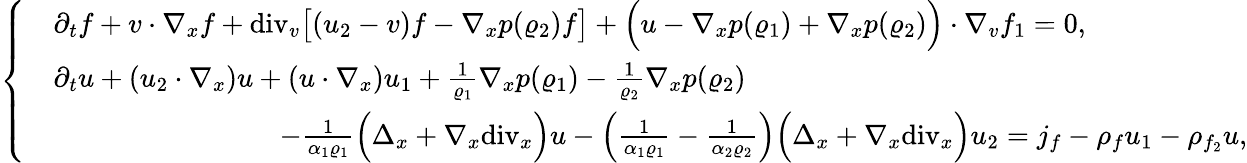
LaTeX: \left\{ \begin{array}{rl}&{\partial_{t}f+v\cdot\nabla_{x}f+\mathrm{div}_{v}\big[(u_{2}-v)f-\nabla_{x}p(\varrho_{2})f\big]+\Big(u-\nabla_{x}p(\varrho_{1})+\nabla_{x}p(\varrho_{2})\Big)\cdot\nabla_{v}f_{1}=0,}\\ &{\partial_{t}u+(u_{2}\cdot\nabla_{x})u+(u\cdot\nabla_{x})u_{1}+\frac{1}{\varrho_{1}}\nabla_{x}p(\varrho_{1})-\frac{1}{\varrho_{2}}\nabla_{x}p(\varrho_{2})}\\ &{\qquad\qquad\qquad\qquad-\frac{1}{\alpha_{1}\varrho_{1}}\Big(\Delta_{x}+\nabla_{x}\mathrm{div}_{x}\Big)u-\left(\frac{1}{\alpha_{1}\varrho_{1}}-\frac{1}{\alpha_{2}\varrho_{2}}\right)\Big(\Delta_{x}+\nabla_{x}\mathrm{div}_{x}\Big)u_{2}=j_{f}-\rho_{f}u_{1}-\rho_{f_{2}}u,}\end{array}\right.